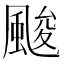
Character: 𲋅